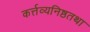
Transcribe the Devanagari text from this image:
कर्त्तव्यनिष्ठतथा